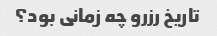
تاریخ رزرو چه زمانی بود؟